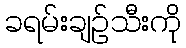
ခရမ်းချဉ်သီးကို